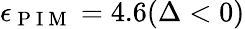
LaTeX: \epsilon_{\mathrm{~P~I~M~}}=4.6(\Delta<0)